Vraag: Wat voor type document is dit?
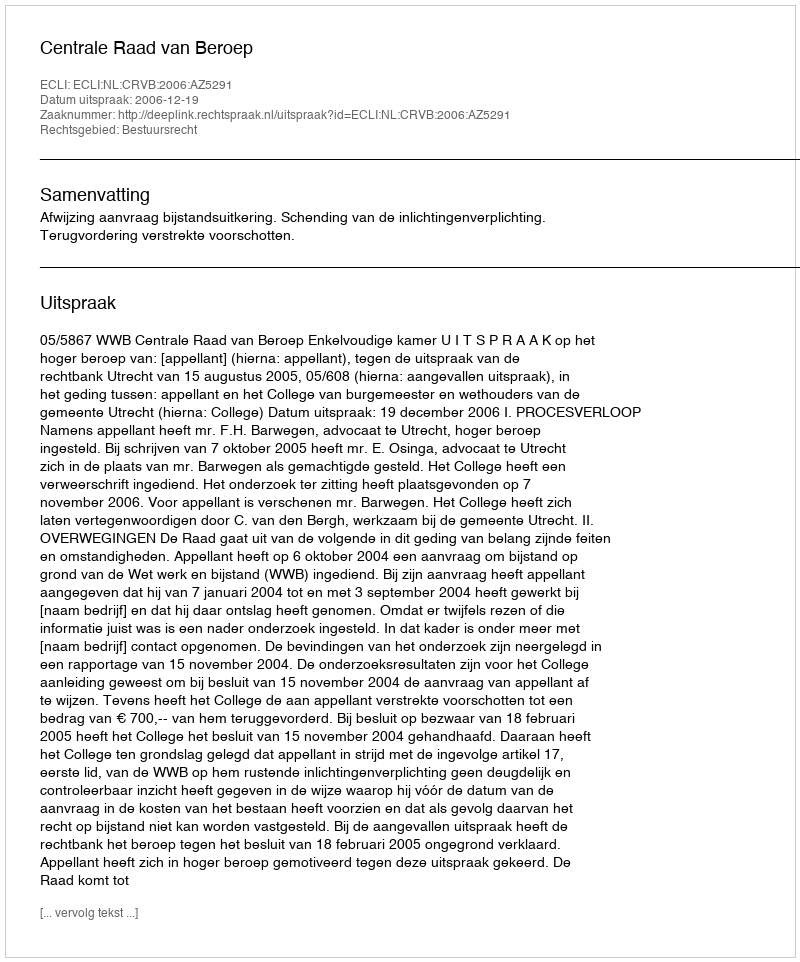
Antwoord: Uitspraak